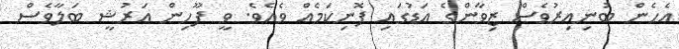
އެހެން ބުނިއިރުވެސް ޒިވާންގެ އަޑުގައި ފޮނިކަމެއް ވެއެވެ. ވީ ފޫހިން އަރުޝީ ބަލާވެސް